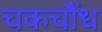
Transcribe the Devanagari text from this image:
चकचौंध